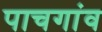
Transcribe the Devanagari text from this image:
पाचगांव